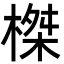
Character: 榤